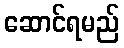
ဆောင်ရမည်